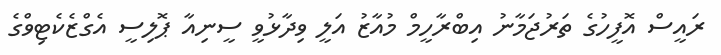
ރައީސް އޮފީހުގެ ތަރުޖަމާނު އިބްރާހީމް މުއާޒު އަލީ ވިދާޅުވީ ސީނިއާ ޕޮލިސީ އެގްޒެކެޓިވްގެ